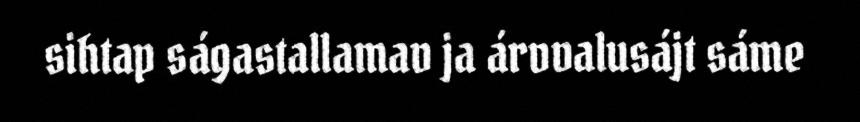
sihtap ságastallamav ja árvvalusájt sáme